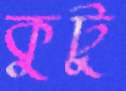
কুটু